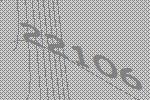
22106